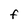
Character: F